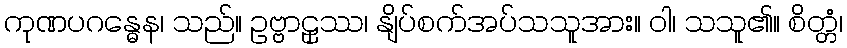
ကုဏပဂန္ဓေန၊ သည်။ ဥဗ္ဗာဠှဿ၊ နျိပ်စက်အပ်သသူအား။ ဝါ၊ သသူ၏။ စိတ္တံ၊